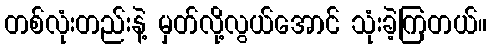
တစ်လုံးတည်းနဲ့ မှတ်လို့လွယ်အောင် သုံးခဲ့ကြတယ်။